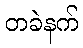
တခဲနက်